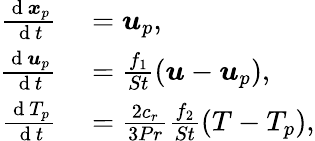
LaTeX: \begin{array}{rl}{\frac{\mathrm{~d~}\boldsymbol{x}_{p}}{\mathrm{~d~}t}}&{{}=\boldsymbol{u}_{p},}\\ {\frac{\mathrm{~d~}\boldsymbol{u}_{p}}{\mathrm{~d~}t}}&{{}=\frac{f_{1}}{St}\left(\boldsymbol{u}-\boldsymbol{u}_{p}\right),}\\ {\frac{\mathrm{~d~}T_{p}}{\mathrm{~d~}t}}&{{}=\frac{2c_{r}}{3Pr}\frac{f_{2}}{St}\left(T-T_{p}\right),}\end{array}